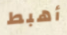
أهبط